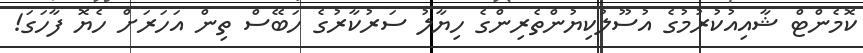
ކޮމެންޓް ޝާއިއުކުރުމުގެ އުސޫލުކިޔުންތެރިންގެ ހިޔާލު ސަރުކާރުގެ ހަބޭސް ތިން އަހަރަށް ހެޔޮ ފާހަގަ!